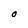
Character: O